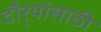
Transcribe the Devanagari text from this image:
दौर्‍यांसाठी